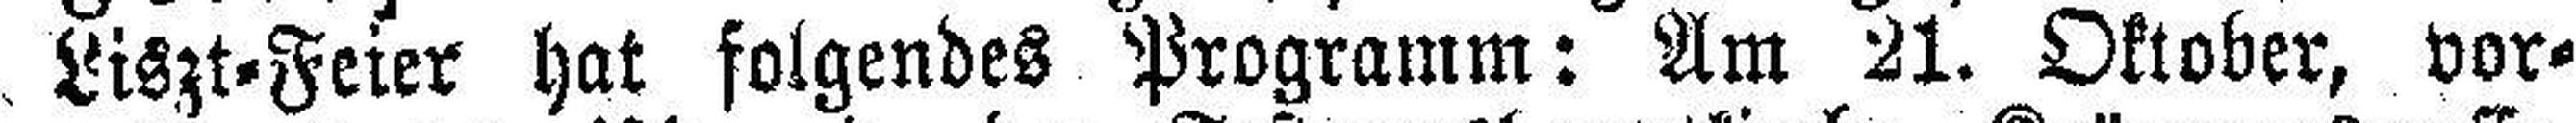
Liszt=Feier hat folgendes Programm: Am 21. Oktober, vor¬